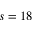
s = 1 8